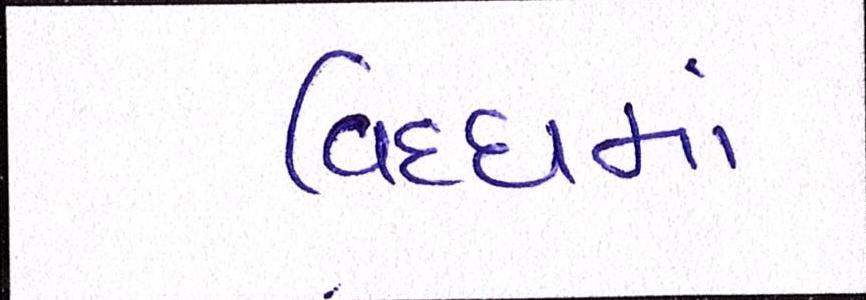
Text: વિધ્ધમાં